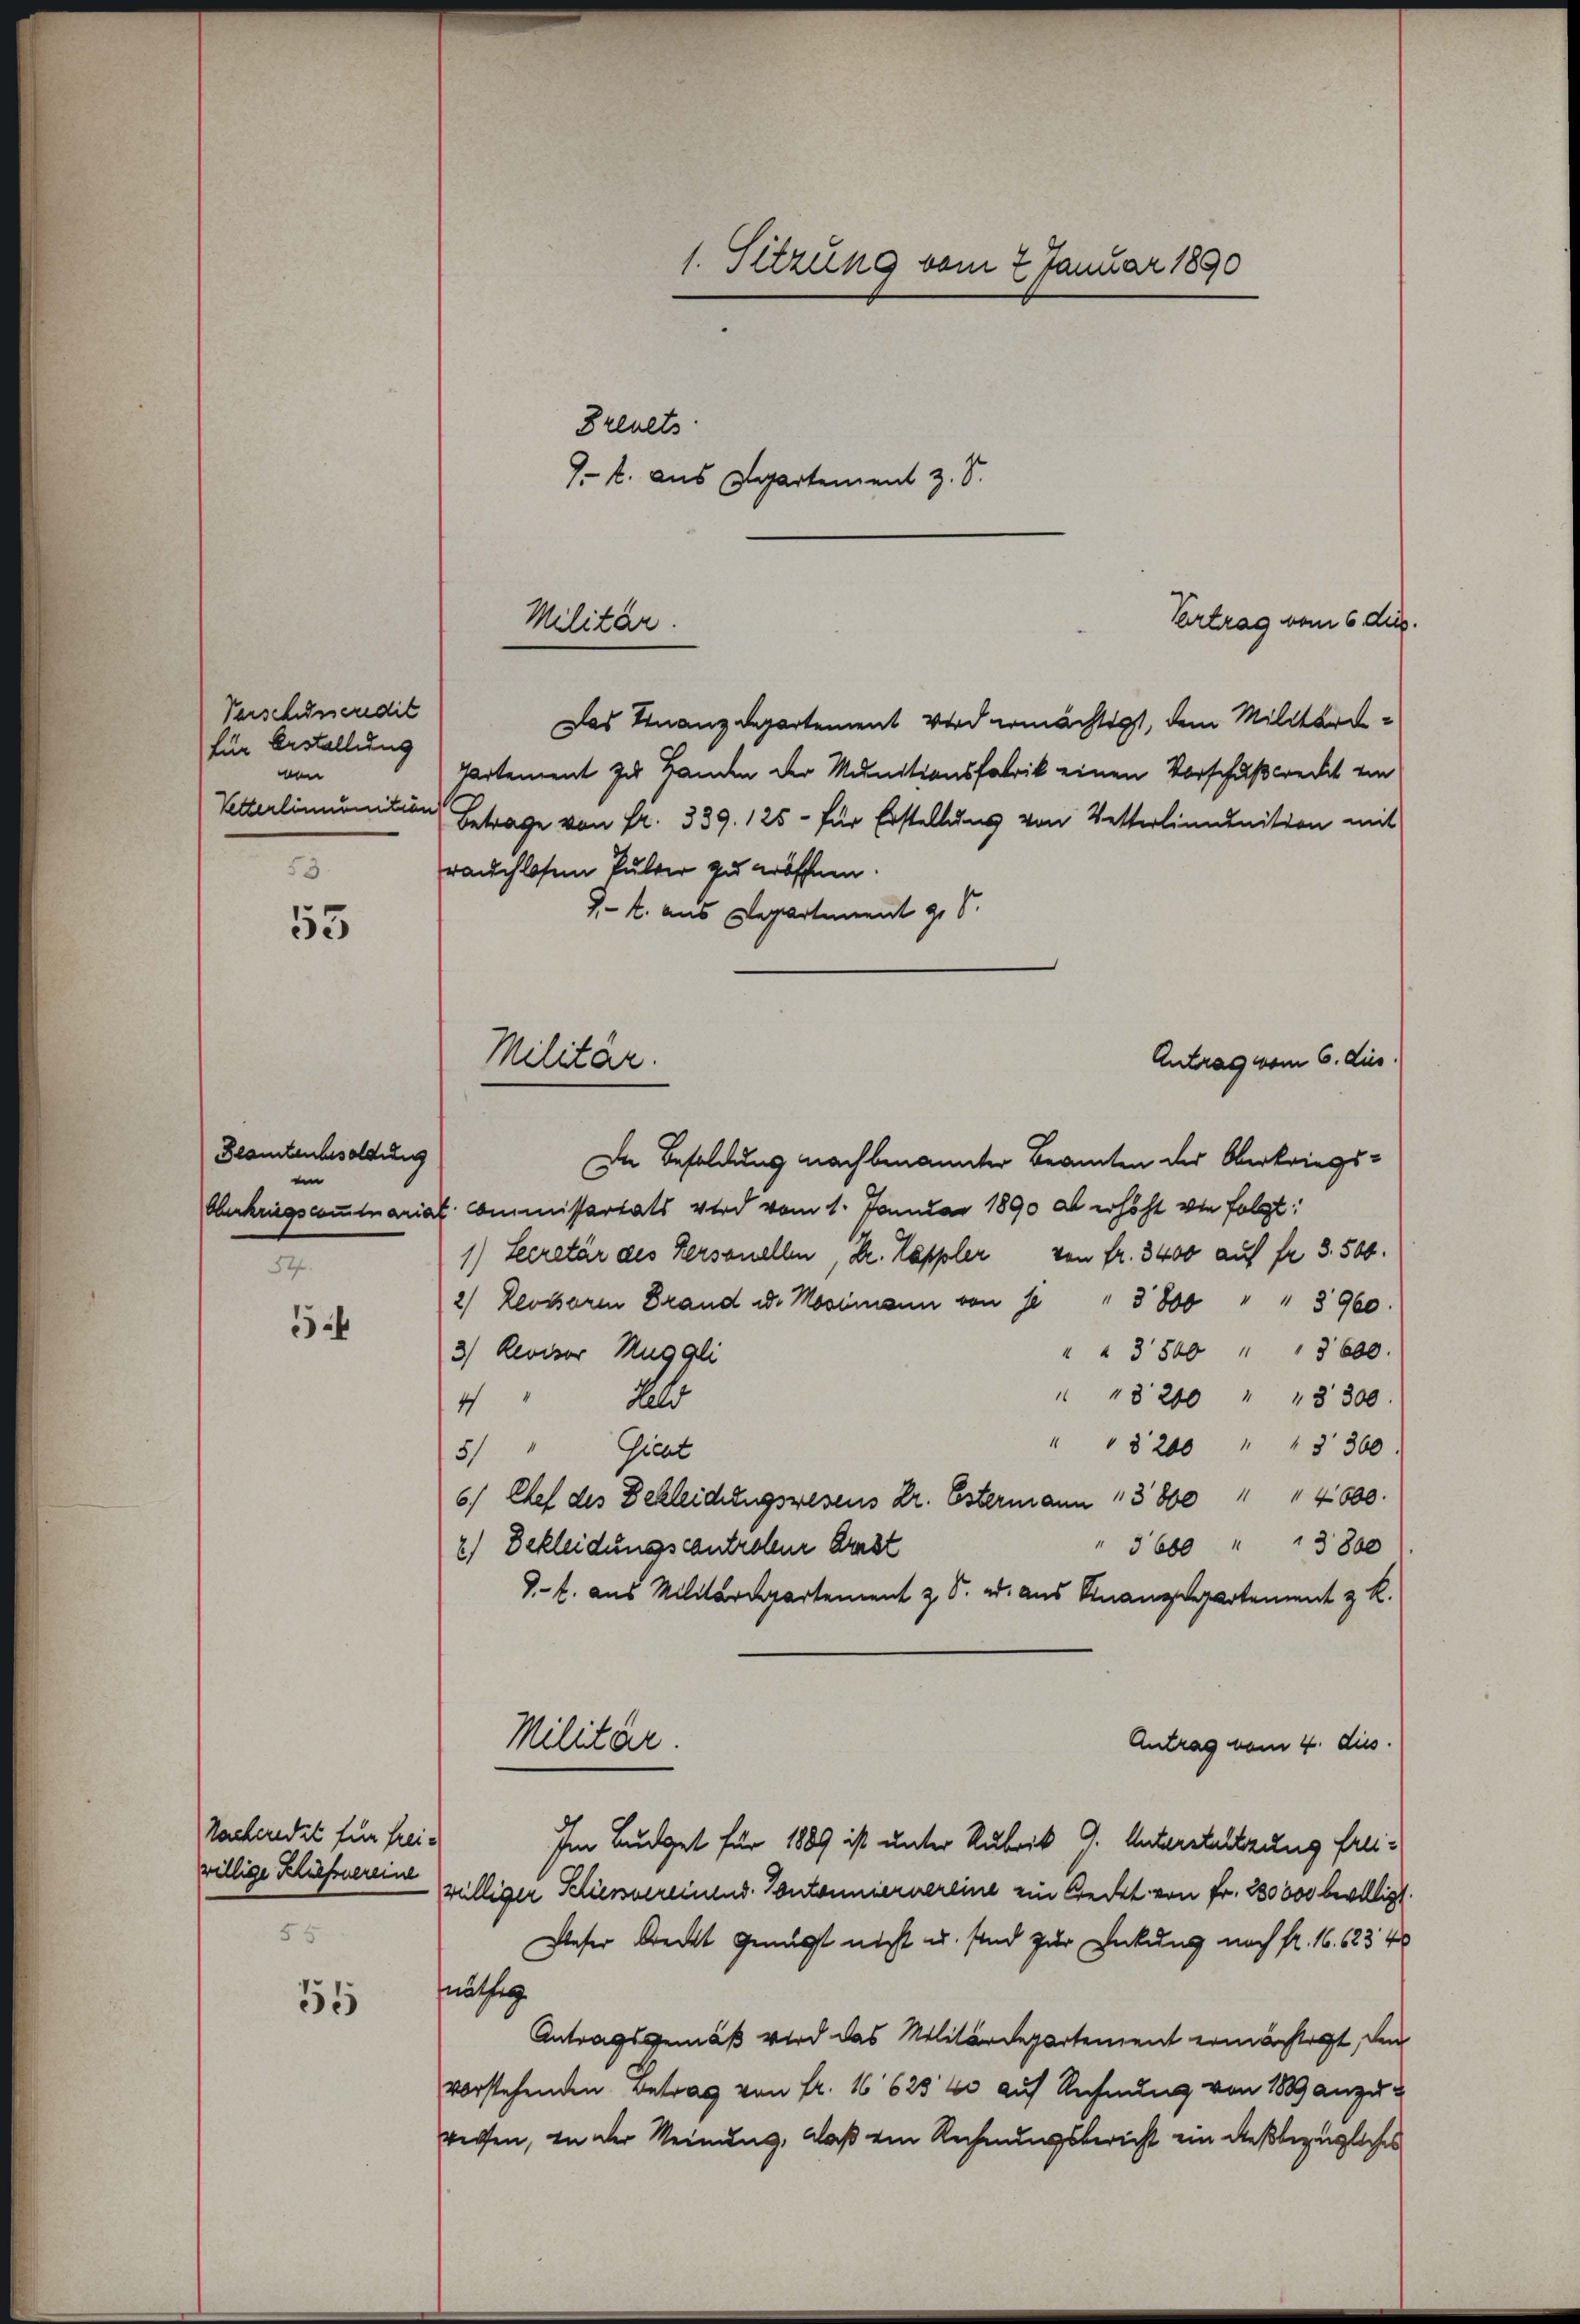
Verschusseredit
für Aestellung
von
53.

Beamtenbesoldung
in

Racheredit für freiwillige Kliefereine
55

1. Sitzung vom 2. Januar 1890
Breuets
1. k. aus Departement z. S.

55

5

51

Vertrag vom 6 Aug.
Militär.

Das Finanzdepartement wird ermächtigt, dem Militär-
Partement zu Banden der Munitionsfabrik einen Vorschußwredet ein
Vetterlimunition Betrage von Fr. 339. 125 - für Erstellung von Vetterlinunition mit
rauchlosen Pulter zu eröffnen.
1.- 2. aus Departement 9. d.
In Besoldung nachbenannter Beamten der Oberkriegs-
Oberkriegscominariat Commissertats wird vom 1. Januar 1890 ab erhöht von folgt:
1) Secretär des Personellen, Dr. Kappler von fr. 3400 auf fr. 3. 500.
2) Rectoren Brand d. Mosimann von se " 3800 " " 3960.
" " 3500 " " 3600.
3) Revisor Muggli
" " 8200 " " 3300.
4
dalr
" " 8200 " " 3360
5) " Griest
6. Chef des Bekleidungswesens Dr. Estermann 3800 " " 4600.
" 5600 " " 3800
2) Bekleidungscontroleur Ernst
d.- l. aus Militärdepartement z. S. d. aus Finanzdepartement z. R.
Militär.
Antrag vom 4. dies
Im Budget für 1889 ist unter Rubrik 9. Unterstützung freiwilliger Kürsvereinend. Vontonniernereine ein Gredet von Fr. 280000 bewilligt.
Deser Dreckt genügt nicht u. sind zur Enkung nach fr. 16. 623 4
näthen
Antragsgemäß wird das Militärdepartement ermächtigt, den
vorstehenden Betrag von Fr. 16625 40 auf Rechnung von 1889 anzuwerfen, in der Meinung, daß ein Rechnungsbericht ein dießbezügliches

Militär.

Antrag vom 6. dies